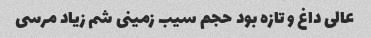
عالی داغ و تازه بود حجم سیب زمینی شم زیاد مرسی